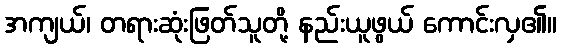
အကျယ်၊ တရားဆုံးဖြတ်သူတို့ နည်းယူဖွယ် ကောင်းလှ၏။